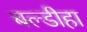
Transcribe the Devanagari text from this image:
बल्डीहा